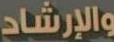
والإرشاد